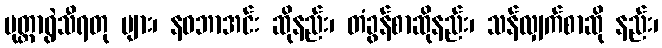
မုတ္တာရွဲသီရတု များ၊ နဝဘာအင်း ဆိုနည်း၊ တံခွန်စာဆိုနည်း၊ သန်လျှက်စာဆို နည်း၊